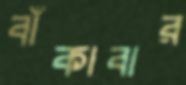
বাঁকাবার